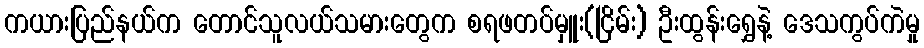
ကယားပြည်နယ်က တောင်သူလယ်သမားတွေက စရဖတပ်မှူး(ငြိမ်း) ဦးထွန်းရွှေနဲ့ ဒေသကွပ်ကဲမှု